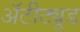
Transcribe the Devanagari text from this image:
अॅटीट्यूड